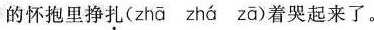
的怀抱里挣扎( zhā zhá zā )着哭起来了。